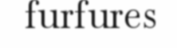
furfures